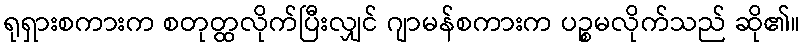
ရုရှားစကားက စတုတ္ထလိုက်ပြီးလျှင် ဂျာမန်စကားက ပဉ္စမလိုက်သည် ဆို၏။